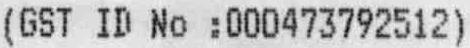
(GST ID NO :000473792512)